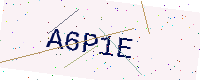
Text: A6P1E